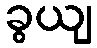
ခွယျ